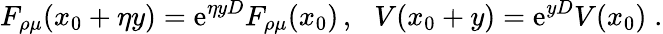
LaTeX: F_{\rho\mu}(x_{0}+\eta y)=\mathrm{e}^{\eta yD}F_{\rho\mu}(x_{0})\, ,\, \, \, \, V(x_{0}+y)=\mathrm{e}^{yD}V(x_{0})\; .